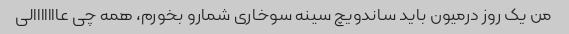
من یک روز درمیون باید ساندویچ سینه سوخاری شمارو بخورم، همه چی عااااااالی